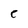
Character: e